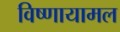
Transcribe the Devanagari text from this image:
विष्णायामल